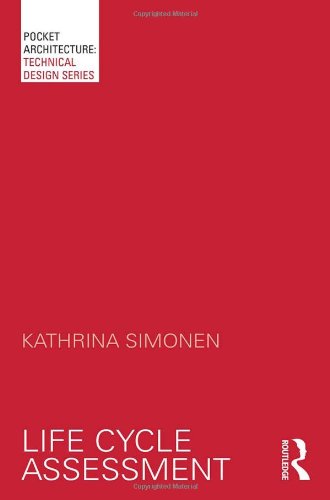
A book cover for Life Cycle Assessment (PocketArchitecture); Kathrina Simonen; Crafts, Hobbies & Home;